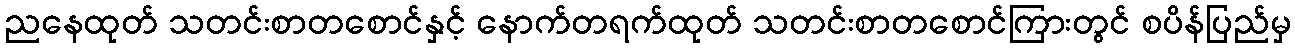
ညနေထုတ် သတင်းစာတစောင်နှင့် နောက်တရက်ထုတ် သတင်းစာတစောင်ကြားတွင် စပိန်ပြည်မှ